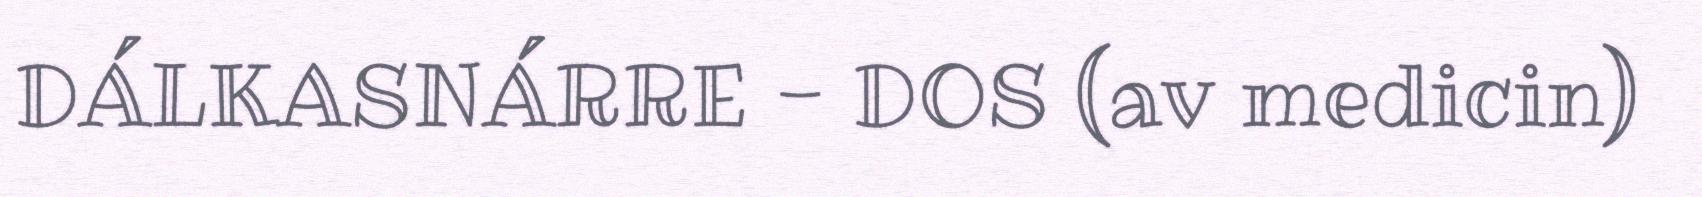
DÁLKASNÁRRE - DOS (av medicin)